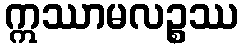
ဣဿာမလဉ္စဿ